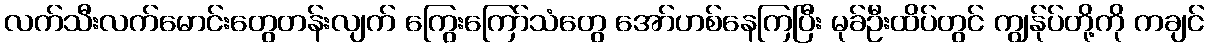
လက်သီးလက်မောင်းတွေတန်းလျက် ကြွေးကြော်သံတွေ အော်ဟစ်နေကြပြီး မုခ်ဦးထိပ်တွင် ကျွန်ုပ်တို့ကို ကချင်